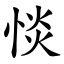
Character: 惔